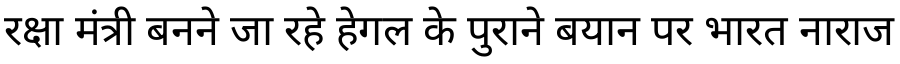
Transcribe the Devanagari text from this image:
रक्षा मंत्री बनने जा रहे हेगल के पुराने बयान पर भारत नाराज